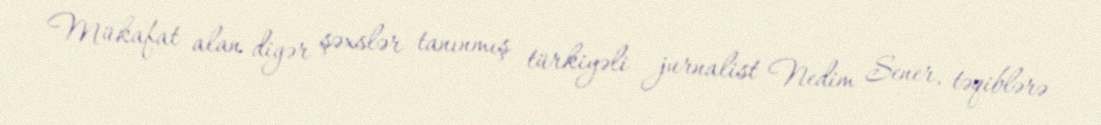
Mükafat alan digər şəxslər tanınmış türkiyəli jurnalist Nedim Sener, təqiblərə